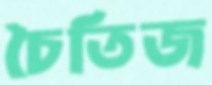
চৈতিজ